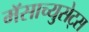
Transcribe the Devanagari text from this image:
मॅसाच्युसेट्स